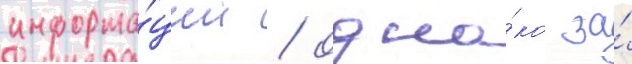
информа́ции / одна́ко за́